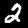
Label: 2